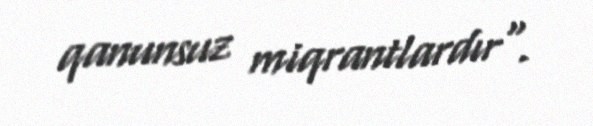
qanunsuz miqrantlardır".